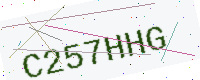
Text: C257HHG